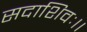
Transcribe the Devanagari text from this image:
सदाशिवः।।